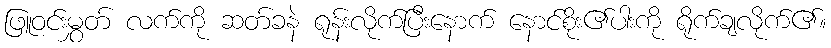
ဖြူဝင်းမွှတ် လက်ကို ဆတ်ခနဲ ရုန်းလိုက်ပြီးနောက် နောင်စိုး၏ပါးကို ရိုက်ချလိုက်၏။